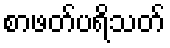
စာဖတ်ပရိသတ်